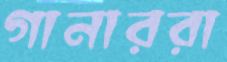
গানাররা